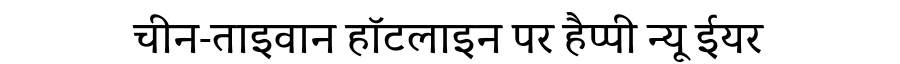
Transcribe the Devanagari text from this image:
चीन-ताइवान हॉटलाइन पर हैप्पी न्यू ईयर